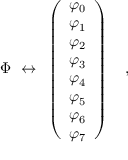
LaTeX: \Phi ~ \leftrightarrow ~ \left( \begin{array} { c } { { \varphi _ { 0 } } } \\ { { \varphi _ { 1 } } } \\ { { \varphi _ { 2 } } } \\ { { \varphi _ { 3 } } } \\ { { \varphi _ { 4 } } } \\ { { \varphi _ { 5 } } } \\ { { \varphi _ { 6 } } } \\ { { \varphi _ { 7 } } } \end{array} \right) \quad ,